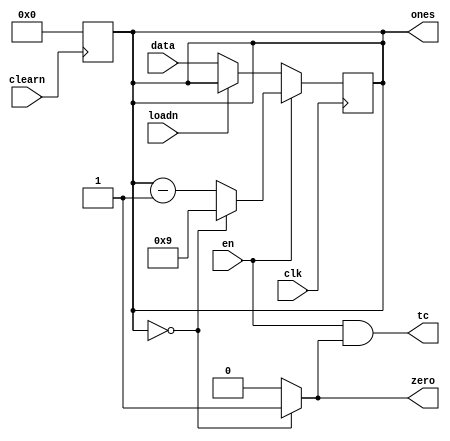
`timescale 1ns/1ps

module contador_mod10 (
    input wire clk,          // sinal de clock
    input loadn,        
  	input wire [3:0] data,   // valor inicial do contador
    input clearn,       // sinal de reset em nvel baixo
    input en,           // sinal de habilitao em nvel alto
    output wire tc,
    output wire zero,
  	output reg [3:0] ones // sada do contador
);
always @ (negedge clearn) // Lembrar de trocar o reset e o stop (feito)
  begin
    ones = 4'b0000;
  end
  assign zero = (ones == 4'b0000) ? 1'b1 : 1'b0;
  assign tc = en & zero;

  always @(posedge clk) begin
    if (en) 
        if (ones == 4'b0000) begin
            ones <= 4'b1001; // volta a contar a partir de 9 quando atinge 0
        end else
            ones <= ones - 4'b0001; // subtrai 1 do contador
        
    else begin
      if (~loadn)
          ones <= data; // reinicia o contador com o valor de 'data'
    end
  end

endmodule